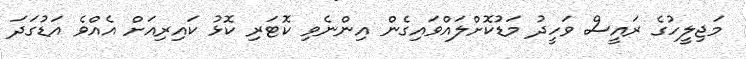
މަޖިލީހުގެ ރައީސް ވަހީދު މަޑުކޮށްލައްވައިގެން އިންނެވި ކޮޓަރި ކޮޅު ކައިރިއަށް އެއްވެ އަޑުގަދަ